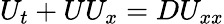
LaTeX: U_{t}+UU_{x}=DU_{xx}